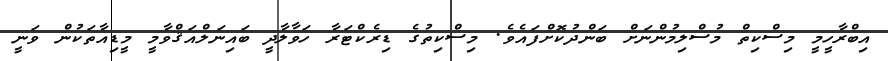
އިބްރާހީމީ މިސްކިތް މުސްލިމުންނަށް ބަންދުކޮށްފައެވެ. މިސްކިތުގެ ޑިރެކްޓަރާ ހަވާލާދީ ބައިނަލްއަޤްވާމީ މީޑިއާތަކުން ވަނީ